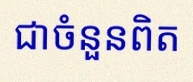
សន្មតថា x ជាចំនួនពិត